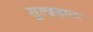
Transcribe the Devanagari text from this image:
सुल्झ्हाया